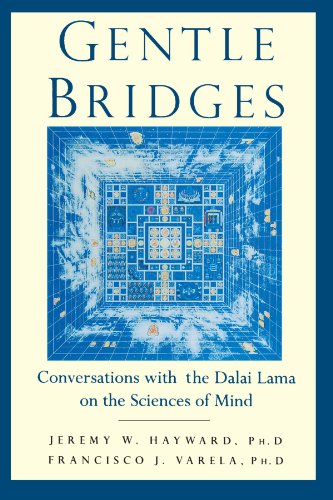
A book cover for Gentle Bridges: Conversations with the Dalai Lama on the Sciences of Mind; Jeremy W. Hayward; Religion & Spirituality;